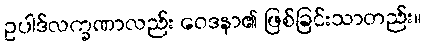
ဥပါဒ်လက္ခဏာလည်း ဝေဒနာ၏ ဖြစ်ခြင်းသာတည်း။